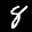
Label: 8